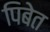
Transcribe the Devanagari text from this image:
पिबेत